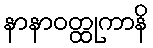
နာနာဝတ္ထုကာနိ